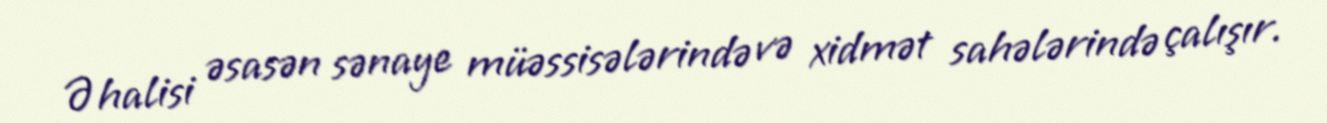
Əhalisi əsasən sənaye müəssisələrində və xidmət sahələrində çalışır.